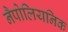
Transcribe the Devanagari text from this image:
नैपोलियनिक